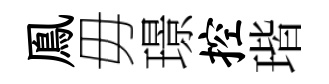
鳯毋璟控瑎